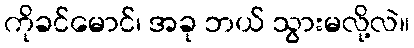
ကိုခင်မောင်၊ အခု ဘယ် သွားမလို့လဲ။